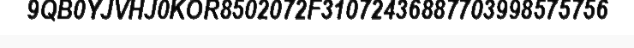
9QB0YJVHJ0KOR8502072F31072436887703998575756